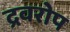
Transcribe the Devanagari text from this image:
द्रवरोप